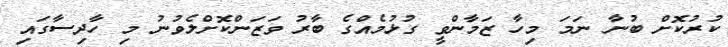
ކުރުކޮށް ބުނާ ނަމަ މިހާ ޒަމާންވީ ގުޅުމެއްގެ ބާރު ވަޒަންކޮށްލެވުނު މި ހާދިސާގައި